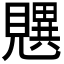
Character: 𬢄